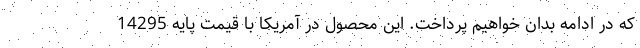
که در ادامه بدان خواهیم پرداخت. این محصول در آمریکا با قیمت پایه 14295